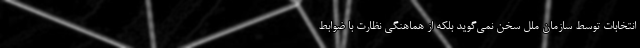
انتخابات توسط سازمان ملل سخن نمی‌گوید بلکه از هماهنگی نظارت با ضوابط